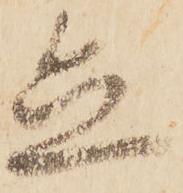
盡